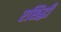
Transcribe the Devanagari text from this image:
रसिद्धी